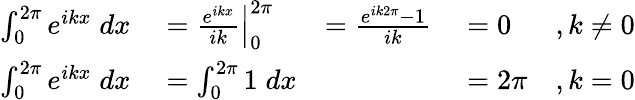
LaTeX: \begin{array}{rlrlr}{\int_{0}^{2\pi}e^{ikx}\; dx}&{{}=\left.\frac{e^{ikx}}{ik}\right|_{0}^{2\pi}}&{=\frac{e^{ik2\pi}-1}{ik}}&{{}=0}&{,k\neq 0}\\ {\int_{0}^{2\pi}e^{ikx}\; dx}&{{}=\int_{0}^{2\pi}1\; dx}&{}&{{}=2\pi}&{,k=0}\end{array}